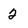
Character: 2